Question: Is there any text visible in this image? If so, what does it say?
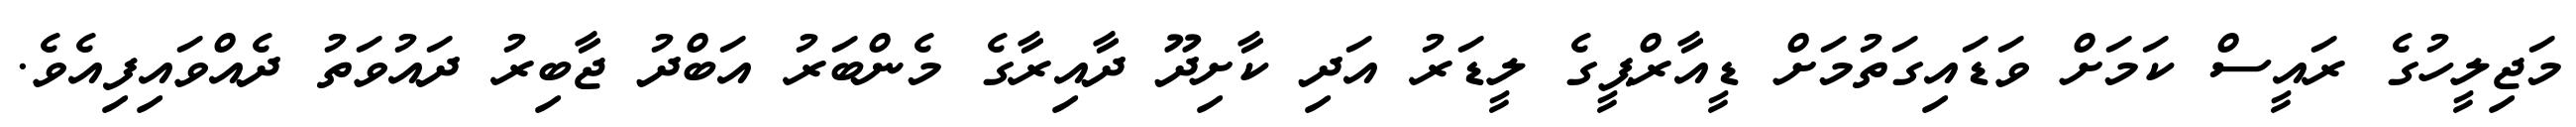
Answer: މަޖިލީހުގެ ރައީސް ކަމަށް ވަޑައިގަތުމަށް ޑީއާރްޕީގެ ލީޑަރު އަދި ކާށިދޫ ދާއިރާގެ މެންބަރު އަބްދު ޖާބިރު ދައުވަތު ދެއްވައިފިއެވެ.